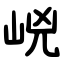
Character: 㟅